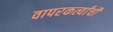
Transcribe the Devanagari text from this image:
वापरकर्त्यांची